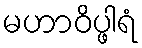
မဟာဝိပ္ဖါရံ